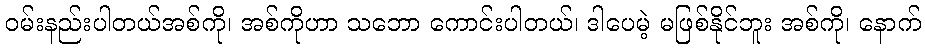
ဝမ်းနည်းပါတယ်အစ်ကို၊ အစ်ကိုဟာ သဘော ကောင်းပါတယ်၊ ဒါပေမဲ့ မဖြစ်နိုင်ဘူး အစ်ကို၊ နောက်